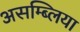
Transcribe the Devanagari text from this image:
असम्ब्लिया